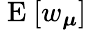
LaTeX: \mathrm{~E~}[w_{\boldsymbol{\mu}}]